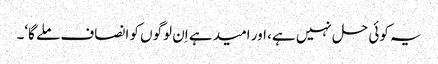
یہ کوئی حل نہیں ہے، اور امید ہے اِن لوگوں کو انصاف ملے گا‘۔